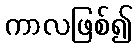
ကာလဖြစ်၍